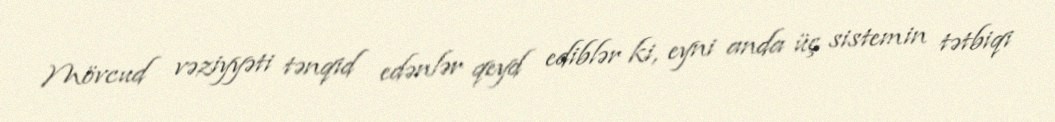
Mövcud vəziyyəti tənqid edənlər qeyd ediblər ki, eyni anda üç sistemin tətbiqi